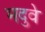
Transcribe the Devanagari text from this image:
मदुवे